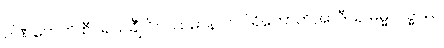
ပါဏကေဟိ စီဝရသင်္ချံ ဝိပဿမာနာ ပဝါရိတောတိအာဒီသု ဓမ္မလဒ္ဓဿ